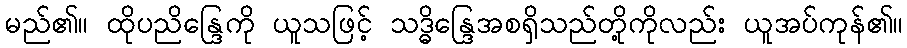
မည်၏။ ထိုပညိန္ဒြေကို ယူသဖြင့် သဒ္ဓိန္ဒြေအစရှိသည်တို့ကိုလည်း ယူအပ်ကုန်၏။